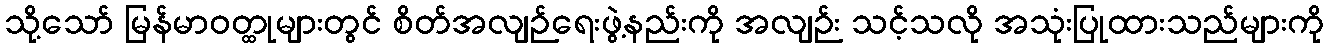
သို့သော် မြန်မာဝတ္ထုများတွင် စိတ်အလျဉ်ရေးဖွဲ့နည်းကို အလျဉ်း သင့်သလို အသုံးပြုထားသည်များကို